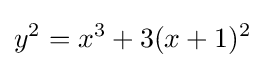
y^{2}=x^{3}+3(x+1)^{2}